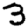
Digit: 3